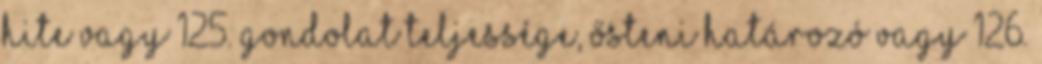
hite vagy 125. Gondolat teljessége, ősteni határozó vagy 126.